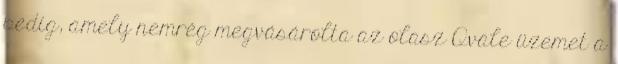
pedig, amely nemrég megvásárolta az olasz Qvale üzemet a